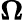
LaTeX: {\boldsymbol\Omega}